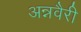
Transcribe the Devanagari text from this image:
अन्नवैरी